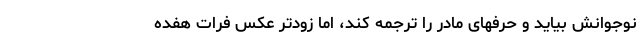
نوجوانش بیاید و حرفهای مادر را ترجمه کند، اما زودتر عکس فرات هفده